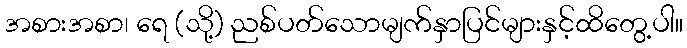
အစားအစာ၊ ရေ (သို့) ညစ်ပတ်သောမျက်နှာပြင်များနှင့်ထိတွေ့ပါ။